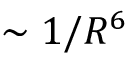
\sim { 1 } / { R ^ { 6 } }